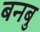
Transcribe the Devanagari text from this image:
बनबु